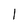
Character: l